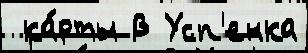
 ка́рты В Усп'енка